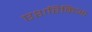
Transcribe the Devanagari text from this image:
एशरिकिआ